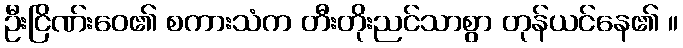
ဦးငြိဏ်းဝေ၏ စကားသံက တီးတိုးညင်သာစွာ တုန်ယင်နေ၏ ။